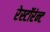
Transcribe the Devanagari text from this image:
रेस्टॉरंन्ट